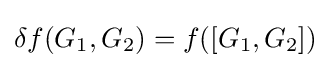
\delta f(G_{1},G_{2})=f([G_{1},G_{2}])